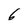
Character: 6